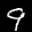
Label: 9